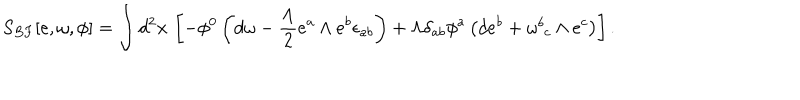
S _ { B F } [ e , \omega , \phi ] = \int d ^ { 2 } x \, \left[ - \phi ^ { 0 } \left( d \omega - \frac { \Lambda } { 2 } e ^ { a } \wedge e ^ { b } \epsilon _ { a b } \right) + \Lambda \delta _ { a b } \phi ^ { a } \left( d e ^ { b } + \omega _ { \, \, c } ^ { b } \wedge e ^ { c } \right) \right] .